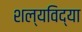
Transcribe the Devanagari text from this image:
शल्यविद्या